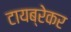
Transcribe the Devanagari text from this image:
टायब्रेकर